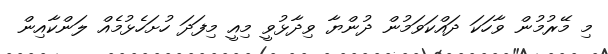
މި މޭރުމުން ވާހަކަ ދައްކަވަމުން ދުންޔާ ވިދާޅުވީ މިއީ މިފަދަ ހުށަހެޅުމެއް ލަންކާއިން